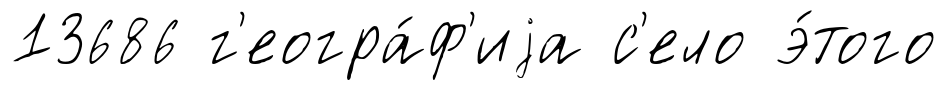
13686 г'еогра́ф'иjа с'ело э́того